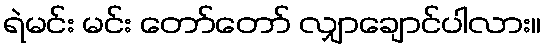
ရဲမင်း မင်း တော်တော် လျှာချောင်ပါလား။